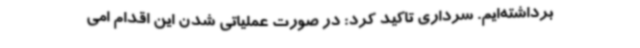
برداشته‌ایم. سرداری تاکید کرد:‌ در صورت عملیاتی شدن این اقدام امی